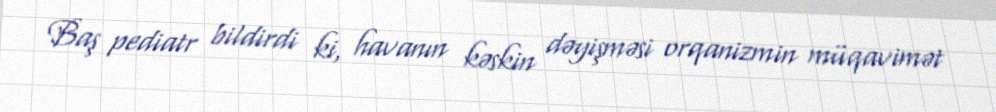
Baş pediatr bildirdi ki, havanın kəskin dəyişməsi orqanizmin müqavimət